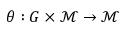
\theta : G \times \mathcal { M } \to \mathcal { M }